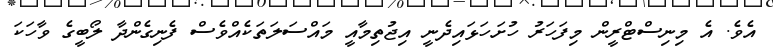
އެވެ. އެ މިނިސްޓްރީން މިފަހަރު ހުށަހަޅައިދެނީ އިޖުތިމާއީ މައްސަލަތަކެއްވެސް ފެނިގެންދާ ލޯބީގެ ވާހަކަ